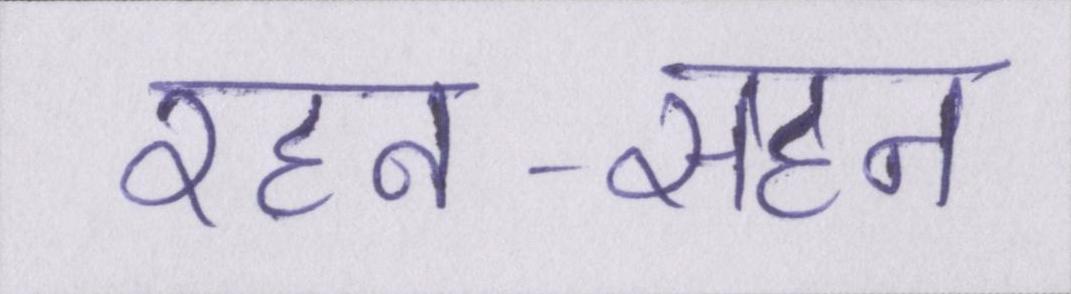
रहन-सहन